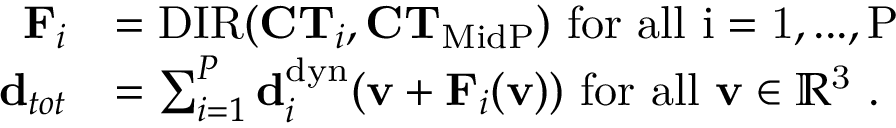
\begin{array} { r l } { \mathbf { F } _ { i } } & { = \mathrm { D I R } ( \mathbf { C T } _ { i } , \mathbf { C T } _ { \mathrm { M i d P } } ) \mathrm { ~ f o r ~ a l l ~ i = 1 , . . . , P ~ } } \\ { \mathbf { d } _ { t o t } } & { = \sum _ { i = 1 } ^ { P } \mathbf { d } _ { i } ^ { \mathrm { d y n } } ( \mathbf { v } + \mathbf { F } _ { i } ( \mathbf { v } ) ) \mathrm { ~ f o r ~ a l l ~ \mathbf { v } \in \mathbb { R } ^ 3 ~ . } } \end{array}